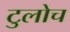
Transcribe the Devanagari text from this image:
टुलोच